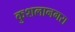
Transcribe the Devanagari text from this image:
कुशलानगरा